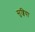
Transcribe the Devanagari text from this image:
सुब्बिया